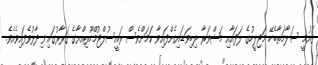
ޤައުމީ ސަލާމަތާބެހޭ މަޖިލީހުގެ ލަފައާއި މަޝްވަރާ ލިބިވަޑައިގެންފައިވާ ކަމަށްވެސް ރައީސުލްޖުމްހޫރިއްޔާގެ ޤަރާރުގައި ވިދާޅުވެފައިވެއެވެ.